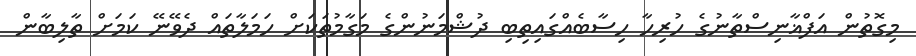
މިގޮތުން އަފްޣާނިސްތާނުގެ ހުރިހާ ހިސާބެއްގައިތިބި ދުޝްމަނުންގެ މަގާމުތަކަށް ހަމަލާތައް ދެވޭނޭ ކަމަށް ތާލިބާން